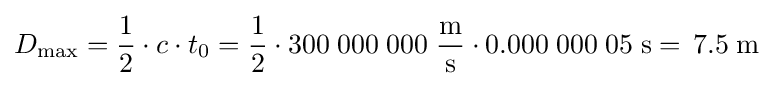
D_{\mathrm {max} }={\frac {1}{2}}\cdot c\cdot t_{0}={\frac {1}{2}}\cdot 300\;000\;000\;{\frac {\mathrm {m} }{\mathrm {s} }}\cdot 0.000\;000\;05\;\mathrm {s} =\!\ 7.5\;\mathrm {m}